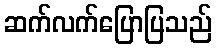
ဆက်လက်ပြောပြသည်